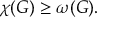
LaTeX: \chi ( G ) \geq \omega ( G ) .